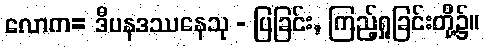
လောက= ဒီပနဒဿနေသု - ပြခြင်း, ကြည့်ရှုခြင်းတို့၌။